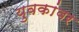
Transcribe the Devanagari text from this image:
युवकांवर